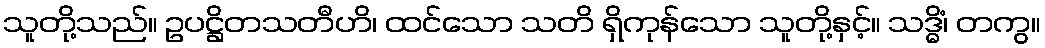
သူတို့သည်။ ဥပဋ္ဌိတသတီဟိ၊ ထင်သော သတိ ရှိကုန်သော သူတို့နှင့်။ သဒ္ဓိံ၊ တကွ။